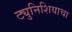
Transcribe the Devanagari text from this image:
ट्युनिशियाचा